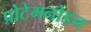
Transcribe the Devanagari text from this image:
प्रोटेमनोडन